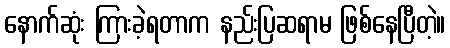
နောက်ဆုံး ကြားခဲ့ရတာက နည်းပြဆရာမ ဖြစ်နေပြီတဲ့။